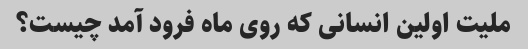
ملیت اولین انسانی که روی ماه فرود آمد چیست؟